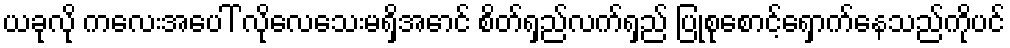
ယခုလို ကလေးအပေါ် လိုလေသေးမရှိအောင် စိတ်ရှည်လက်ရှည် ပြုစုစောင့်ရှောက်နေသည်ကိုပင်